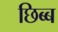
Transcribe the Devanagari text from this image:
छिब्ब